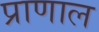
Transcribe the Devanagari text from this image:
प्राणाल